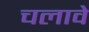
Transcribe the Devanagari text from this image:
चलावे